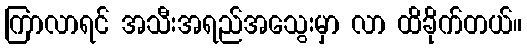
ကြာလာရင် အသီးအရည်အသွေးမှာ လာ ထိခိုက်တယ်။